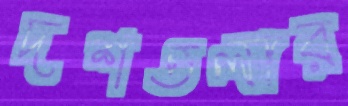
দশতলার